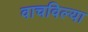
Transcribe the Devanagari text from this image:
वाचविल्या